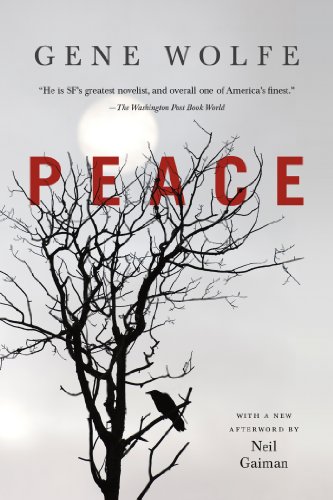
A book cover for Peace; Gene Wolfe; Science Fiction & Fantasy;